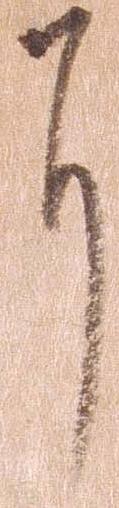
に